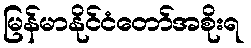
မြန်မာနိုင်ငံတော်အစိုးရ